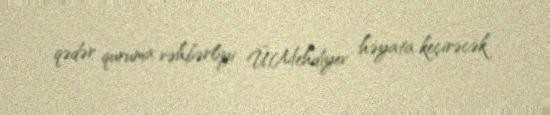
qədər quruma rəhbərliyi Ü.Mehdiyev həyata keçirəcək.